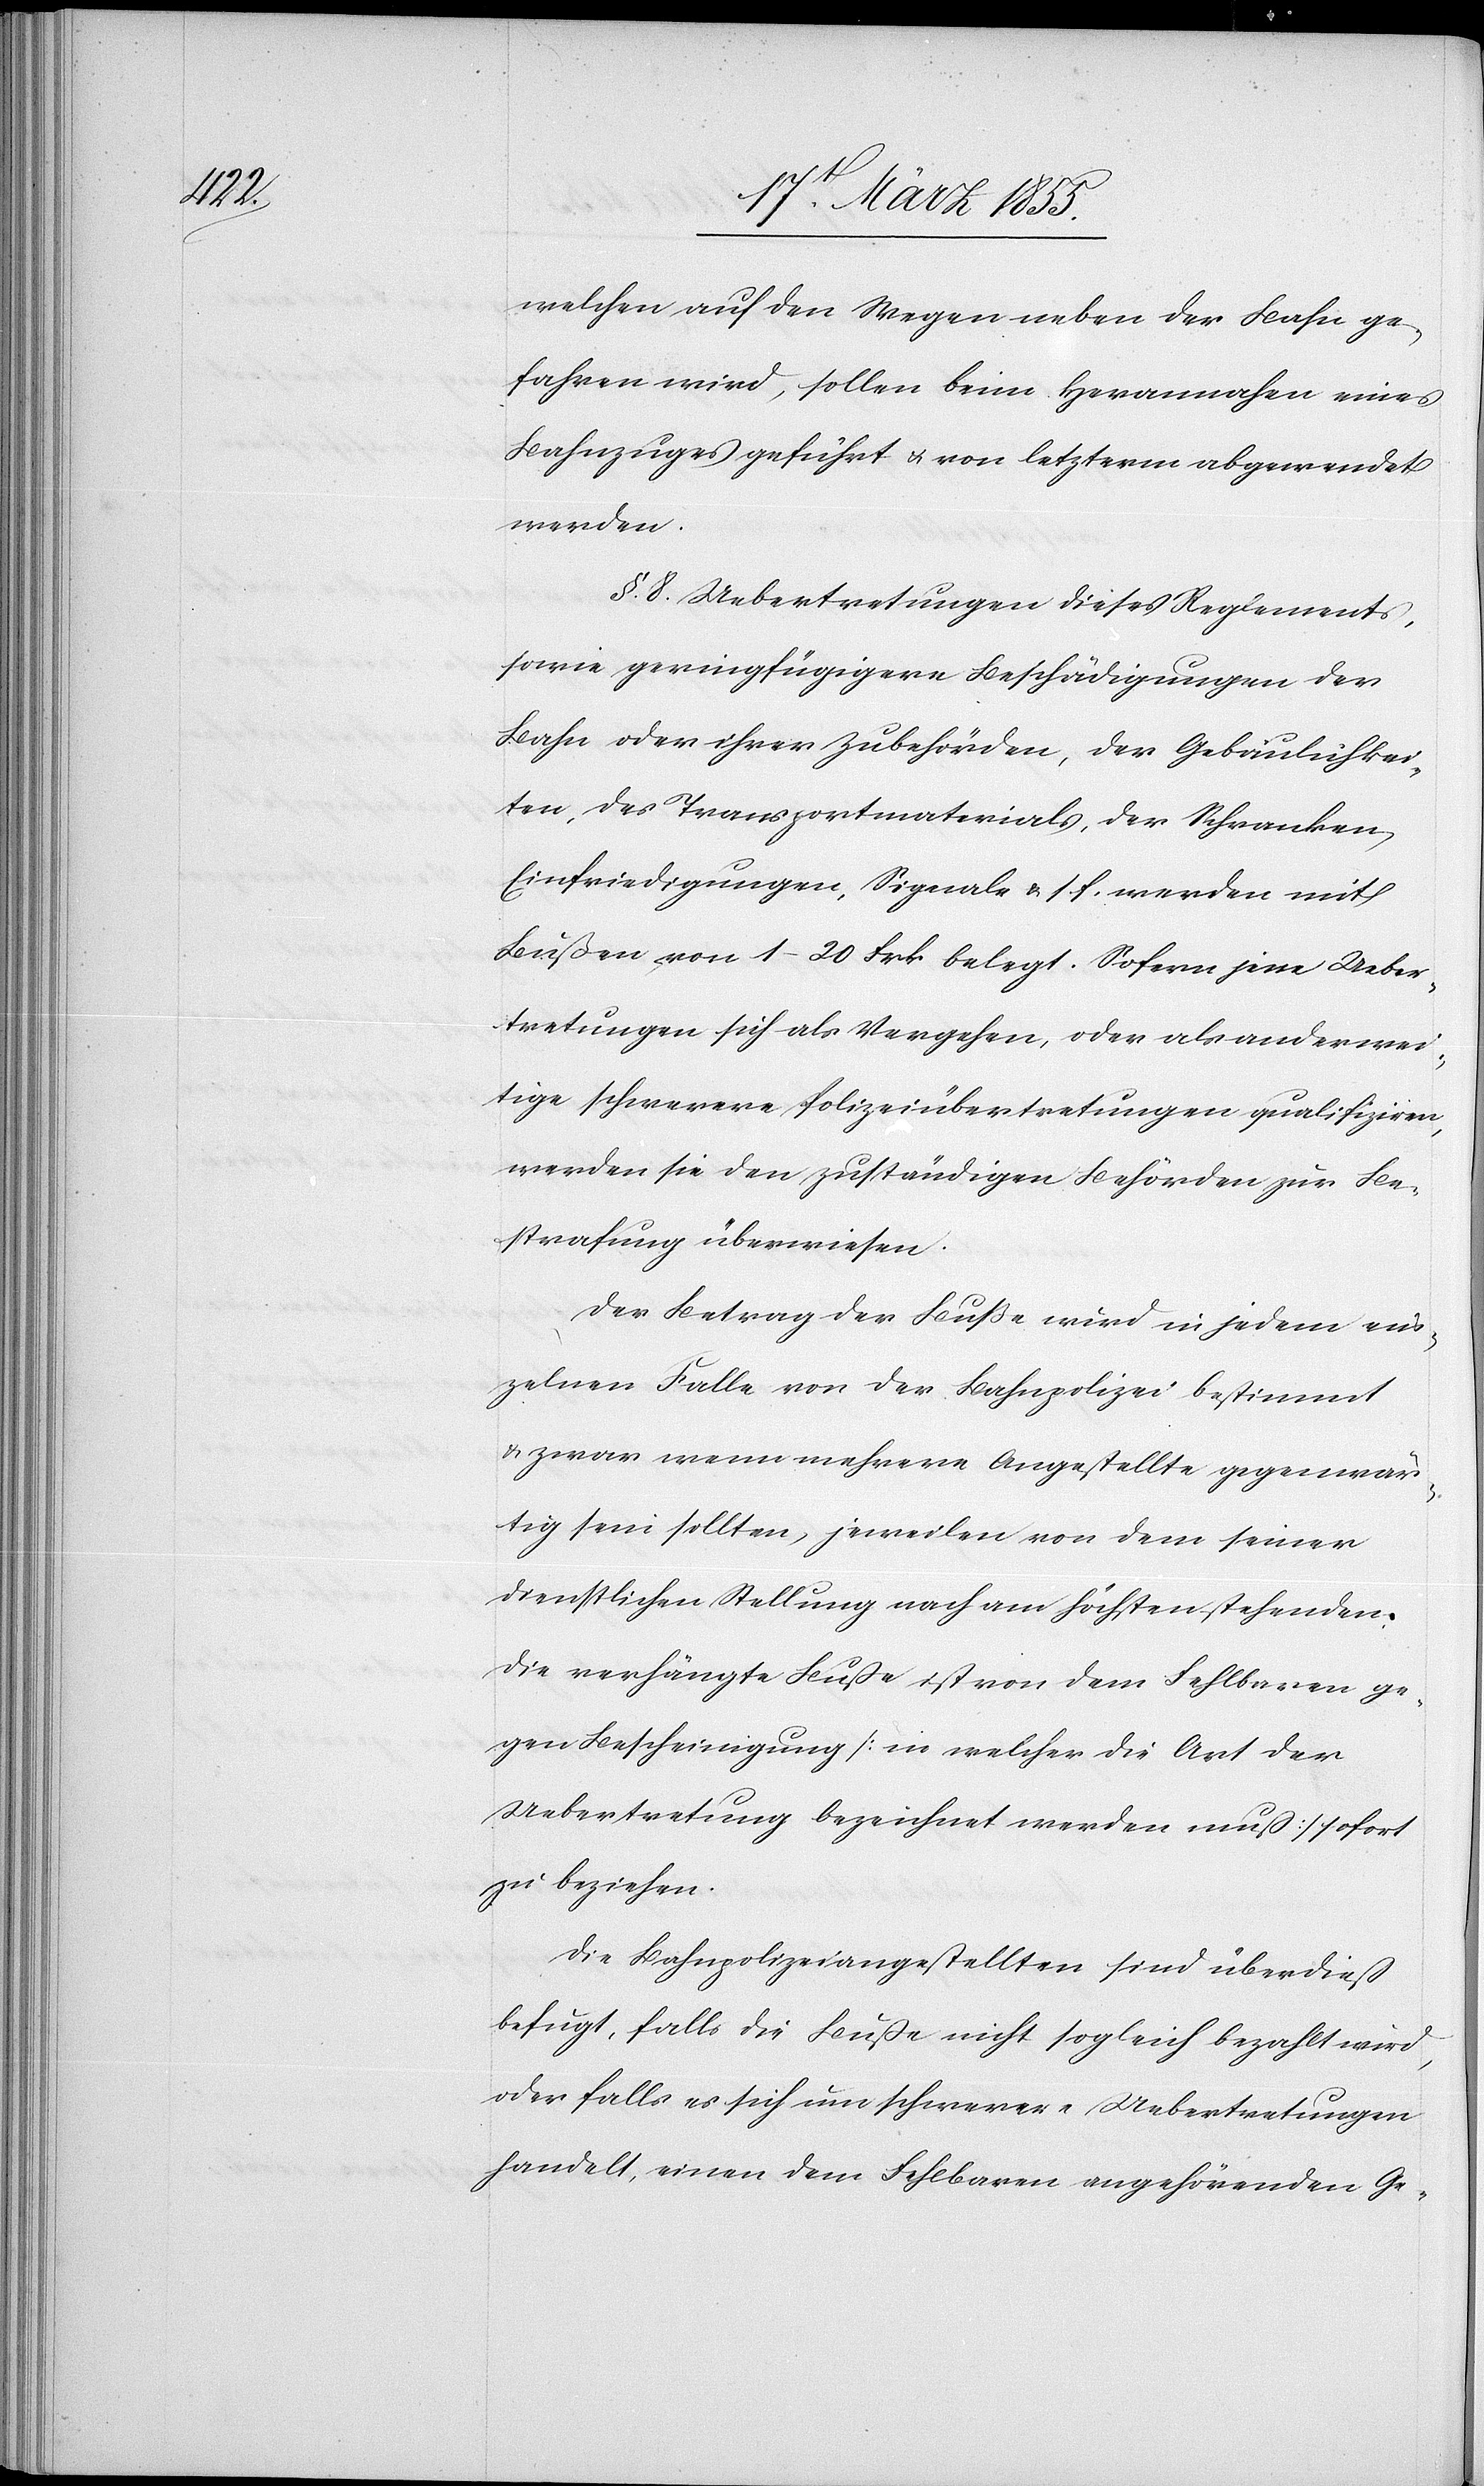
welchen auf den Wegen neben der Bahn ge¬
fahren wird, sollen beim Herannahen eines
Bahnzuges geführt & von letzterm abgewendet
werden.
§. 8. Uebertretungen dieses Reglements,
sowie geringfügigere Beschädigungen der
Bahn oder ihrer Zubehörden, der Gebäulichkei¬
ten, des Transportmaterials, der Schranken,
Einfriedigungen, Signale & s. f. werden mit
Bußen von 1–20 Frk. belegt. Sofern jene Ueber¬
tretungen sich als Vergehen, oder als anderwei¬
tige schwerere Polizeiübertretungen qualifiziren,
werden sie den zuständigen Behörden zur Be¬
strafung überwiesen.
Der Betrag der Buße wird in jedem ein¬
zelnen Falle von der Bahnpolizei bestimmt
& zwar wenn mehrere Angestellte gegenwär¬
tig sein sollten, jeweilen von dem seiner
dienstlichen Stellung nach am höchsten stehenden.
Die verhängte Buße ist von dem Fehlbaren ge¬
gen Bescheinigung [in welcher die Art der
Uebertretung bezeichnet werden muß] sofort
zu beziehen.
Die Bahnpolizeiangestellten sind überdieß
befugt, falls die Buße nicht sogleich bezahlt wird,
oder falls es sich um schwerere Uebertretungen
handelt, einen dem Fehlbaren angehörenden Ge-